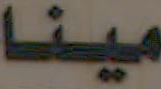
مينا